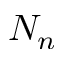
N _ { n }